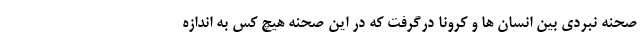
صحنه نبردی بین انسان ها و کرونا درگرفت که در این صحنه هیچ کس به اندازه